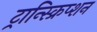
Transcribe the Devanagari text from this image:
ट्रान्स्क्रिप्शन